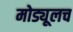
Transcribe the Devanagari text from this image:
मोड्यूलच